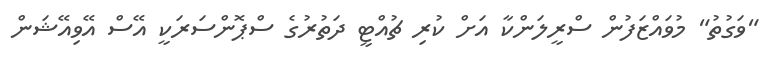
"ވަގުތު" މުވައްޒަފުން ސްރީލަންކާ އަށް ކުރި ޗުއްޓީ ދަތުރުގެ ސްޕޮންސަރަކީ އޭސް އޭވިއޭޝަން